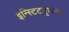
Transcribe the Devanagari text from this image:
इन्स्टिटयूशन्स